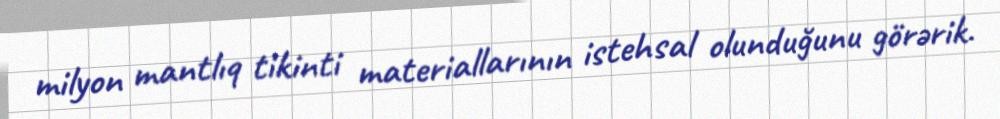
milyon mantlıq tikinti materiallarının istehsal olunduğunu görərik.